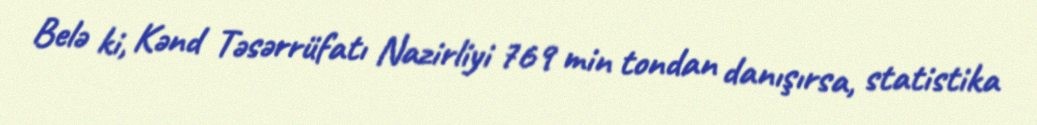
Belə ki, Kənd Təsərrüfatı Nazirliyi 769 min tondan danışırsa, statistika